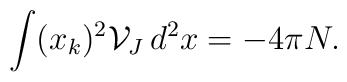
\int (x_{k})^{2}{\mathcal{V}}_{J} \, d^{2}x= -4\pi N.